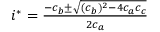
\begin{array} { r } { i ^ { * } = \frac { - c _ { b } \pm \sqrt { ( c _ { b } ) ^ { 2 } - 4 c _ { a } c _ { c } } } { 2 c _ { a } } } \end{array}